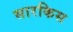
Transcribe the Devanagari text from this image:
सारकिस